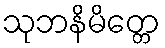
သုဘနိမိတ္တေ